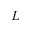
L